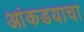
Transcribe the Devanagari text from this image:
आंकडयाचा